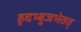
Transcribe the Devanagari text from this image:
हृदभ्बुजभेतत्